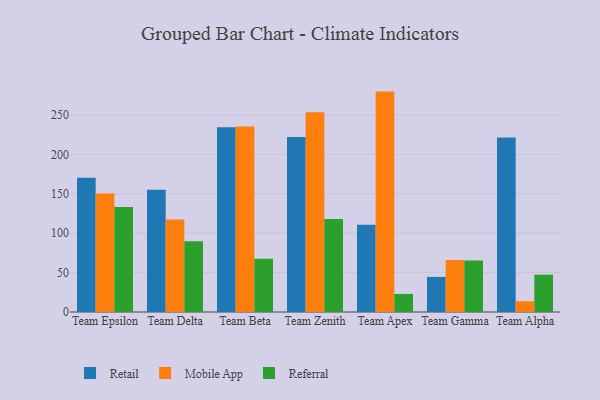
{"axis": {"x": "Team", "y": "Headcount"}, "legend": ["Mobile App", "Referral", "Retail"], "data": [{"x": "Team Epsilon", "y": 170.5, "type": "Retail"}, {"x": "Team Epsilon", "y": 150.3, "type": "Mobile App"}, {"x": "Team Epsilon", "y": 133.3, "type": "Referral"}, {"x": "Team Delta", "y": 155.2, "type": "Retail"}, {"x": "Team Delta", "y": 117.5, "type": "Mobile App"}, {"x": "Team Delta", "y": 89.7, "type": "Referral"}, {"x": "Team Beta", "y": 234.5, "type": "Retail"}, {"x": "Team Beta", "y": 235.3, "type": "Mobile App"}, {"x": "Team Beta", "y": 67.6, "type": "Referral"}, {"x": "Team Zenith", "y": 222.2, "type": "Retail"}, {"x": "Team Zenith", "y": 253.5, "type": "Mobile App"}, {"x": "Team Zenith", "y": 118.1, "type": "Referral"}, {"x": "Team Apex", "y": 110.7, "type": "Retail"}, {"x": "Team Apex", "y": 279.7, "type": "Mobile App"}, {"x": "Team Apex", "y": 22.9, "type": "Referral"}, {"x": "Team Gamma", "y": 44.6, "type": "Retail"}, {"x": "Team Gamma", "y": 65.9, "type": "Mobile App"}, {"x": "Team Gamma", "y": 65.4, "type": "Referral"}, {"x": "Team Alpha", "y": 221.3, "type": "Retail"}, {"x": "Team Alpha", "y": 13.7, "type": "Mobile App"}, {"x": "Team Alpha", "y": 47.4, "type": "Referral"}]}